Lunatic asylums Punjab 1881-1894 - 1881-1894
Year: 1881
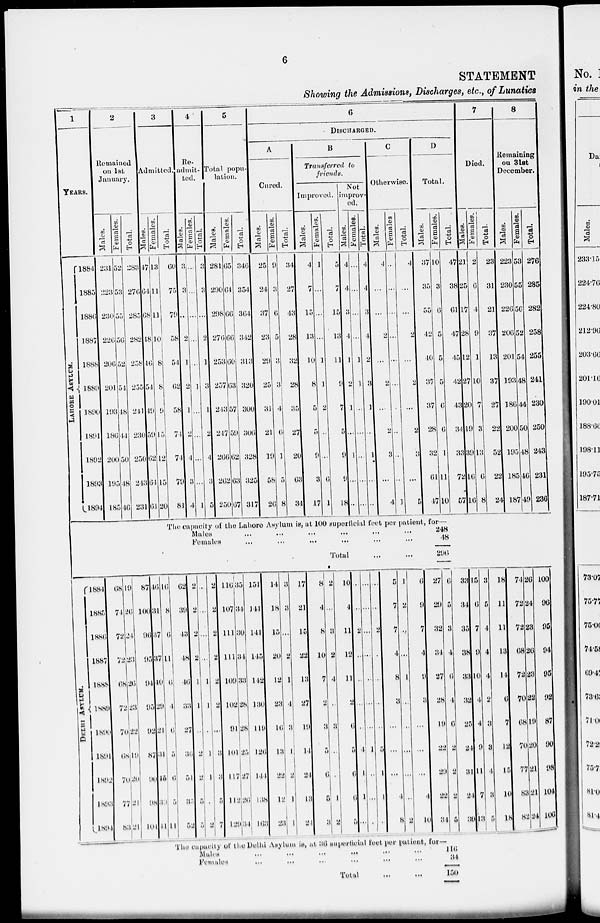
6
STATEMENT
Showing the Admissions, Discharges, etc., of Lunatics
1
YEARS.
LAHORE
1884
1885
1886
1887
1888
1889
1890
1891
1892
1893
1894
2
Remained
on 1st
January.
Males.
231
223
230
226
206
201
193
186
200
195
185
Females.
52
53
55
56
52
54
48
44
50
48
46
Total.
283
276
285
282
258
255
244
230
250
243
231
3
Admitted.
Males.
47
64
68
48
46
54
49
59
62
64
61
Females.
13
11
11
10
8
8
9
15
12
15
20
ASYLUM.
1884
1885
l886
1887
1888
1889
1890
1891
1892
1896
1894
68
74
72
72
68
72
70
68
70
77
83
19
26
24
23
26
23
22
19
20
21
21
87
100
96
95
94
95
92
87
90
98
104
46
31
37
37
40
29
21
31
15
30
44
16
8
6
11
6
4
6
5
6
5
44
Total.
60
75
79
58
54
62
58
74
74
79
81
4
Re-
admit-
ted.
Males.
3
3
...
2
1
2
1
2
4
3
4
Females.
...
...
...
...
...
1
...
...
...
...
1
Total.
3
...
...
2
1
3
1
2
4
3
5
5
Total popu-
lation.
Males.
281
290
298
276
253
257
243
247
266
262
250
Females.
65
4
66
66
60
63
57
59
62
63
67
Total.
346
354
364
342
313
320
300
306
328
325
317
6
DISCHARGED.
A
Cured.
Males.
25
24
37
23
29
25
31
21
19
58
26
Females.
9
3
6
5
3
3
4
6
1
5
8
Total.
34
27
43
28
32
28
35
27
20
63
34
B
Transferred to
friends.
Improved.
Males.
4
7
15
13
10
8
5
5
9
3
17
Females.
1
...
...
...
1
1
2
...
...
6
1
Total.
5
7
15
13
11
9
7
5
9
9
18
Not
improv-
ed.
Males.
4
4
3
4
1
2
1
...
1
...
...
Females.
...
...
...
...
1
1
...
...
...
...
...
Total.
4
4
3
4
2
3
1
...
1
...
...
C
Otherwise.
Males.
4
...
...
2
...
2
...
2
3
...
4
Females.
...
...
...
...
...
...
...
...
...
...
1
Total.
4
...
...
2
...
2
...
2
3
...
5
D
Total.
Males.
37
35
55
42
40
37
37
28
32
61
47
Females.
10
3
6
5
5
5
6
6
1
11
10
The capacity of the Lahore Asylum is, at 100 superficial feet per patient, for—
Males
...
...
... ... ... ...
Females ... ... ... ... ... ...
Total ... ...
62
39
43
48
46
33
27
36
51
35
52
2
2
2
2
1
1
...
2
2
5
5
...
...
...
...
1
1
...
1
1
...
2
2
2
2
2
2
2
...
3
3
5
7
116
107
111
111
109
l02
91
101
117
112
129
35
34
30
34
33
28
28
25
27
26
34
151
141
141
145
142
130
119
126
144
138
163
14
18
15
20
12
23
16
13
22
12
23
3
3
...
2
1
4
3
1
2
1
1
17
21
15
22
13
27
19
14
24
13
24
8
4
8
10
7
2
3
5
6
5
3
2
...
3
2
4
...
3
...
...
1
2
10
4
11
12
11
2
6
5
6
6
5
...
...
2
...
...
...
...
4
1
1
...
...
...
...
...
...
...
...
1
...
...
...
...
...
2
...
...
...
...
5
1
1
...
5
7
7
4
8
3
...
...
...
4
8
1
2
...
...
1
...
...
...
...
...
2
6
9
7
4
9
3
...
...
...
4
10
248
48
296
27
29
32
34
27
28
19
22
29
22
34
6
5
3
4
6
4
6
2
2
2
5
The capacity of the Delhi Asylum is, at 36 superficial feet per patient, for—
Males ... ... ... ... ... ...
Females ... ... ... ... ... ...
Total
...
...
116
34
150
Total.
47
38
61
47
45
42
43
34
33
72
57
7
Died.
Males.
21
25
17
28
12
27
20
19
39
16
16
Females.
2
6
4
9
1
10
7
3
13
6
8
Total.
23
31
21
37
13
37
27
22
52
22
24
8
Remaining
on 31st
December.
Males.
223
230
226
206
201
193
186
200
195
185
187
Females.
53
55
56
52
54
48
44
50
48
46
49
Total.
276
285
282
258
255
241
230
250
243
231
236
33
34
35
38
33
32
25
24
31
24
39
15
6
7
9
10
4
4
9
11
7
13
3
5
4
4
4
2
3
3
4
3
5
18
11
11
13
14
6
7
12
15
10
18
74
72
72
68
72
70
68
70
77
83
82
26
24
23
26
23
22
19
20
21
21
24
100
96
95
94
95
92
87
90
98
104
106